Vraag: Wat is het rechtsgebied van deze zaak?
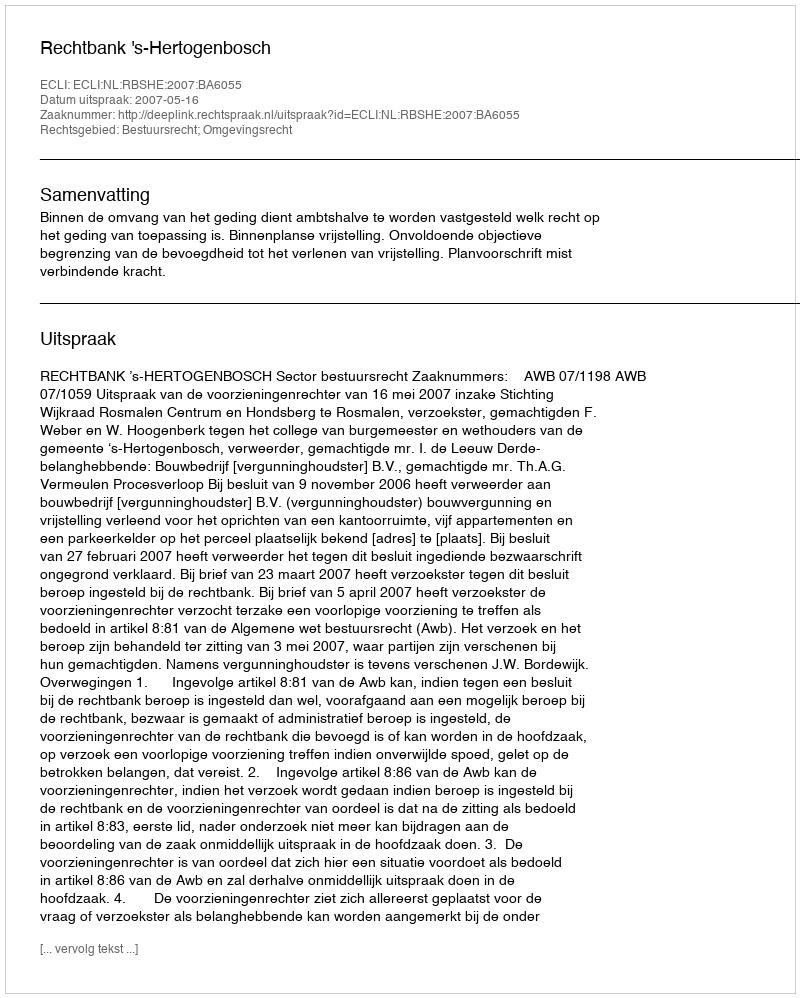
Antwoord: Bestuursrecht; Omgevingsrecht